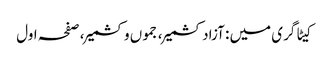
کیٹاگری میں : آزاد کشمیر، جموں وکشمیر، صفحہ اول